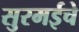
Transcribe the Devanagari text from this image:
सुरमईचे